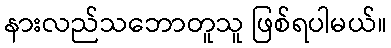
နားလည်သဘောတူသူ ဖြစ်ရပါမယ်။